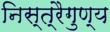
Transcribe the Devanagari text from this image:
निस्त्रैगुण्य